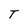
Character: T